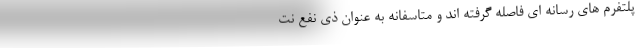
پلتفرم های رسانه ای فاصله گرفته اند و متاسفانه به عنوان ذی نفع نت